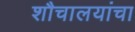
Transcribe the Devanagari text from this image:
शौचालयांचा